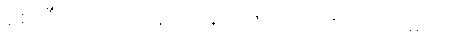
စေတီတော်အား ပူဇော်ရသော အကျိုးပြဂါထာများ။